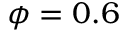
\phi = 0 . 6